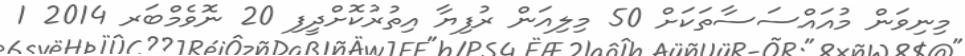
މިނިވަން މުއައްސަސާތަކަށް 50 މިލިއަން ރުފިޔާ އިތުރުކޮށްދީފި 20 ނޮވެމްބަރ 2014 1